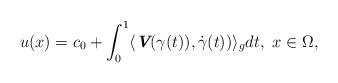
LaTeX: \begin{align*}u(x)=c_0+\int_0^1 \langle\textit{\textbf{V}}(\gamma(t)),\dot \gamma(t))\rangle_g dt,\ x\in \Omega, \end{align*}